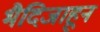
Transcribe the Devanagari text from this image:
भैदिजाहून